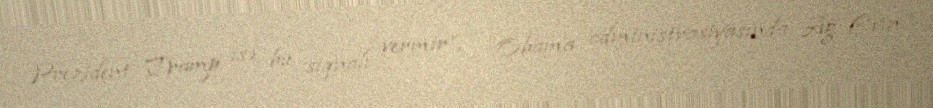
Prezident Tramp isə bu siqnalı vermir”, - Obama administrasiyasında Ağ Evin